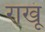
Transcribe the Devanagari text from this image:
राखूं